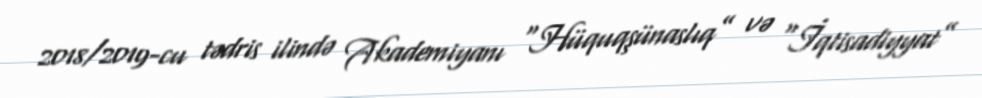
2018/2019-cu tədris ilində Akademiyanı “Hüquqşünaslıq” və “İqtisadiyyat”